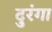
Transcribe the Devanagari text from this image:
दुरंगा